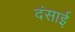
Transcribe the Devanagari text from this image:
दंसाई